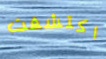
اكتشفت